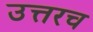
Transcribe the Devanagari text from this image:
उत्तरच